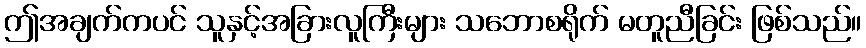
ဤအချက်ကပင် သူနှင့်အခြားလူကြီးများ သဘောစရိုက် မတူညီခြင်း ဖြစ်သည်။